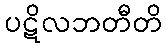
ပဋိလဘတီတိ